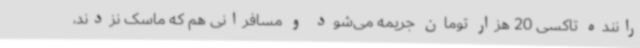
راننده تاکسی 20 هزار تومان جریمه می‌شود و مسافرانی هم که ماسک نزدند،